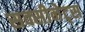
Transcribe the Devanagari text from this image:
सक्सीनेट्स